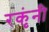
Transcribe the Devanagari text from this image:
रकृंनी